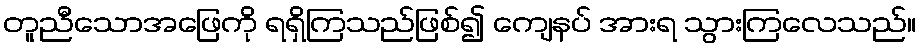
တူညီသောအဖြေကို ရရှိကြသည်ဖြစ်၍ ကျေနပ် အားရ သွားကြလေသည်။